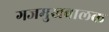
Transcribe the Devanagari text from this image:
गजमुखबालक